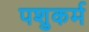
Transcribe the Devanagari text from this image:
पशुकर्म